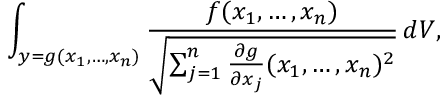
\int _ { y = g ( x _ { 1 } , \ldots , x _ { n } ) } { \frac { f ( x _ { 1 } , \ldots , x _ { n } ) } { \sqrt { \sum _ { j = 1 } ^ { n } { \frac { \partial g } { \partial x _ { j } } } ( x _ { 1 } , \ldots , x _ { n } ) ^ { 2 } } } } \, d V ,